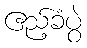
ဧည့်ခံပွဲ